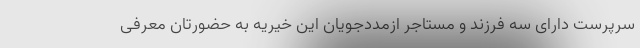
سرپرست دارای سه فرزند و مستاجر ازمددجویان اين خیریه‌ به حضورتان معرفی